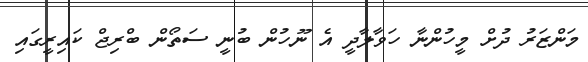
މަންޒަރު ދުށް މީހުންނާ ހަވާލާދީ އެ ނޫހުން ބުނީ ސަތޯން ބްރިޖް ކައިރީގައި